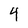
Character: 4